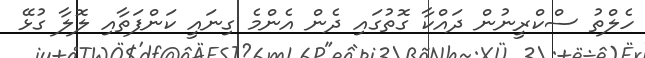
ހެލްތު ސްކްރީނުން ދައްކާ ގޮތުގައި ދެން އެންމެ ގިނައީ ކަންފަތާއި ލޮލާ ގުޅޭ